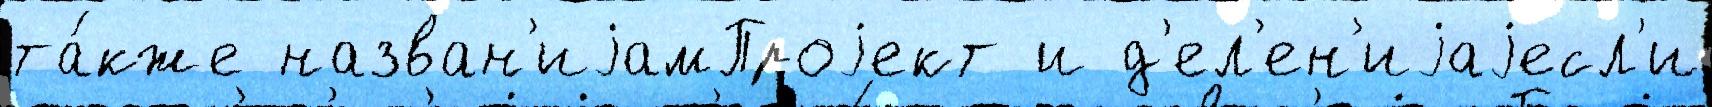
та́кже назван'иjамПроjект и д'ел'ен'иjаjесл'и